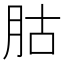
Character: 𦙶